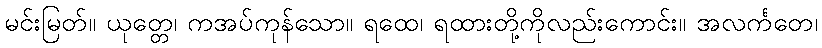
မင်းမြတ်။ ယုတ္တေ၊ ကအပ်ကုန်သော။ ရထေ၊ ရထားတို့ကိုလည်းကောင်း။ အလင်္ကတေ၊